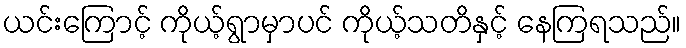
ယင်းကြောင့် ကိုယ့်ရွာမှာပင် ကိုယ့်သတိနှင့် နေကြရသည်။